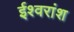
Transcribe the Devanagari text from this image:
ईश्वरांश